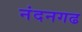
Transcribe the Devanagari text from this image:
नंदनगढ